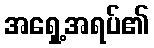
အရှေ့အရပ်၏